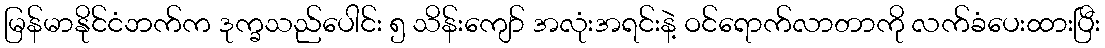
မြန်မာနိုင်ငံဘက်က ဒုက္ခသည်ပေါင်း ၅ သိန်းကျော် အလုံးအရင်းနဲ့ ဝင်ရောက်လာတာကို လက်ခံပေးထားပြီး